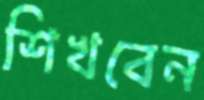
শিখবেন